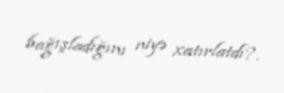
bağışladığını niyə xatırlatdı?.